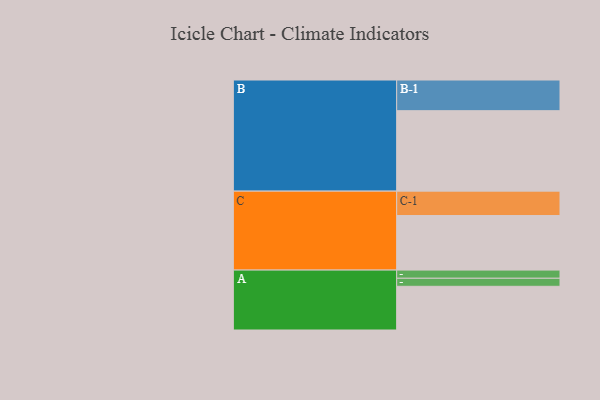
{"axis": {"x": "Segment", "y": "Value"}, "legend": ["", "A", "B", "C"], "data": [{"x": "A", "y": 326, "type": ""}, {"x": "B", "y": 600, "type": ""}, {"x": "C", "y": 407, "type": ""}, {"x": "A-1", "y": 61, "type": "A"}, {"x": "A-2", "y": 60, "type": "A"}, {"x": "B-1", "y": 229, "type": "B"}, {"x": "C-1", "y": 182, "type": "C"}]}